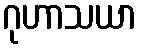
ဂုဟာသယာ